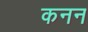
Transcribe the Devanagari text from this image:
कनन